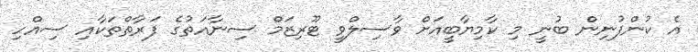
އެ ކުންފުނިން ބުނީ މި ކާމިޔާބީއަށް ވާސިލްވީ ޓޫރިޒަމް ސިނާއަަތުގެ ފަރާތްތަކާއި ސިއްހި